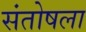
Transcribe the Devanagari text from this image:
संतोषला